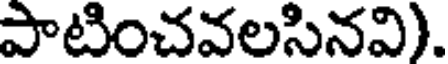
పాటించవలసినవి).